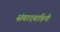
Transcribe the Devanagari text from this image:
संवादबाहिनी